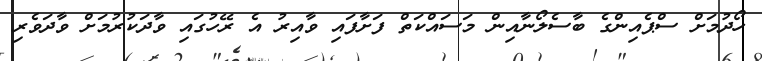
ހޯދުމަށް ސްޕެއިންގެ ބާސެލޯނާއިން މަސައްކަތް ފަށާފައި ވާއިރު އެ ރޭހުގައި ވާދަކުރުމަށް ވާދަވެރި